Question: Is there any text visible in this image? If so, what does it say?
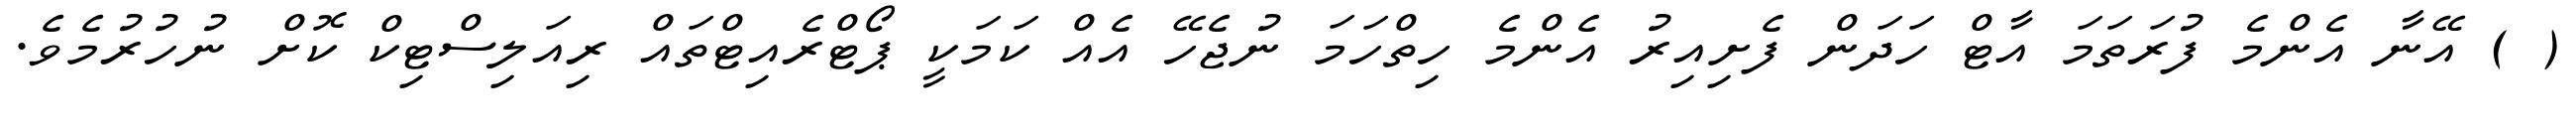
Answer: ( ) އޭނާ އެންމެ ފުރަތަމަ އާޓް ހަދަން ފެށިއިރު އެންމެ ހިތްހަމަ ނުޖެހޭ އެއް ކަމަކީ ޕޯޓްރެއިޓްތައް ރިއަލިސްޓިކް ކޮށް ނުހުރުމެވެ.